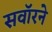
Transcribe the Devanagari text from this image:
सवॉरने